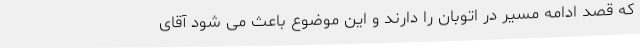
که قصد ادامه مسیر در اتوبان را دارند و این موضوع باعث می شود آقای